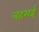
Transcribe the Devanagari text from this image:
बहमई